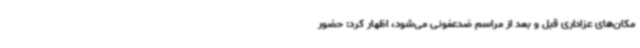
مکان‌های عزاداری قبل و بعد از مراسم ضدعفونی می‌شود، اظهار کرد: حضور